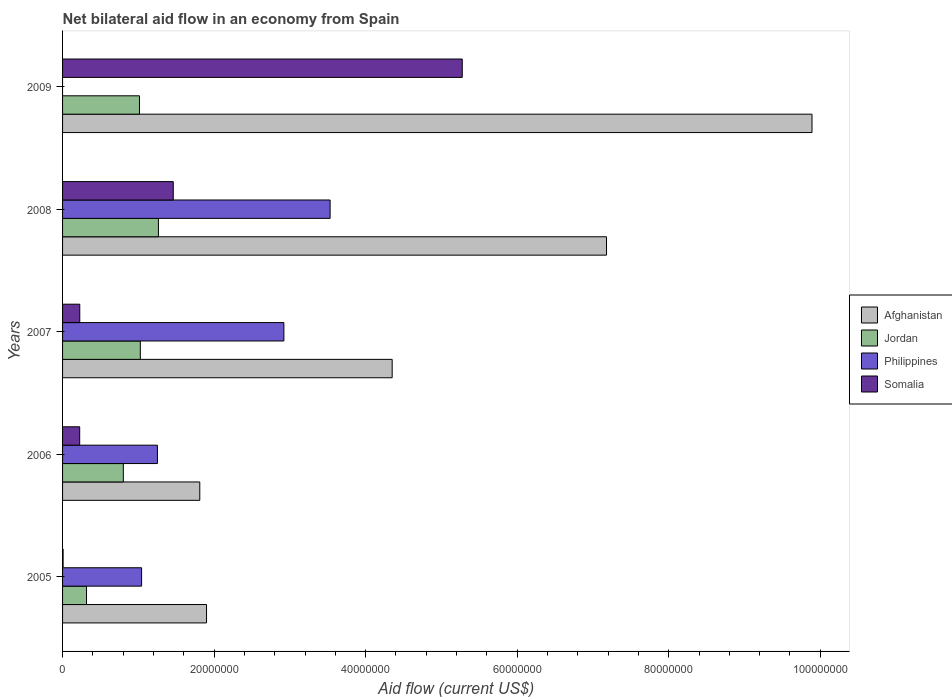
| Years | Afghanistan | Jordan | Philippines | Somalia |
 | --- | --- | --- | --- | --- |
 | 2005 | 1.9e+07 | 3.16e+06 | 1.04e+07 | 7e+04 |
 | 2006 | 1.81e+07 | 8.02e+06 | 1.25e+07 | 2.26e+06 |
 | 2007 | 4.35e+07 | 1.03e+07 | 2.92e+07 | 2.27e+06 |
 | 2008 | 7.18e+07 | 1.26e+07 | 3.53e+07 | 1.46e+07 |
 | 2009 | 9.89e+07 | 1.02e+07 | -3.14e+07 | 5.28e+07 |